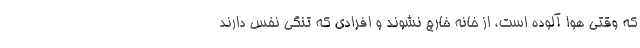
که وقتی هوا آلوده است، از خانه خارج نشوند و افرادی که تنگی نفس دارند